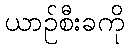
ယာဉ်စီးခကို